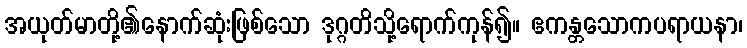
အယုတ်မာတို့၏နောက်ဆုံးဖြစ်သော ဒုဂ္ဂတိသို့ရောက်ကုန်၍။ ဧကန္တသောကပရာယနာ၊